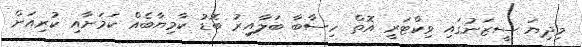
މިދިޔަ ސީޒަނުގައި ވިކްޓަރީ އޮތް ހިސާބާ ބަލާއިރު ބޮޑު ކާމިޔާބެއް ކަމަށާއި ކުރިއަށް